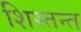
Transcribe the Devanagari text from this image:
शिस्तन्त